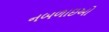
નબળાઇઓ